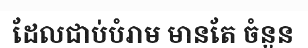
ដែលជាប់បំរាម មានតែ ចំនួន